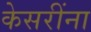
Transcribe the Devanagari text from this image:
केसरींना